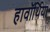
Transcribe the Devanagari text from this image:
हावॉर्थिया